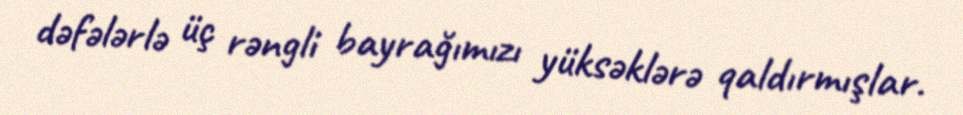
dəfələrlə üç rəngli bayrağımızı yüksəklərə qaldırmışlar.